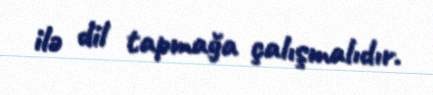
ilə dil tapmağa çalışmalıdır.